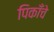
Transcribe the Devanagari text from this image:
पिकाँचे